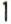
1